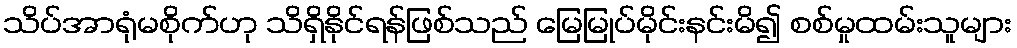
သိပ်အာရုံမစိုက်ဟု သိရှိနိုင်ရန်ဖြစ်သည် မြေမြုပ်မိုင်းနင်းမိ၍ စစ်မှုထမ်းသူများ